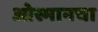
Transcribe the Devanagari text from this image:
ओस्मानचा